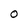
Character: O